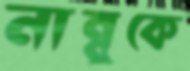
নান্নুকে